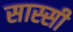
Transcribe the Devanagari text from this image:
सास्सी